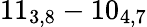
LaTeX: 11_{3,8}-10_{4,7}